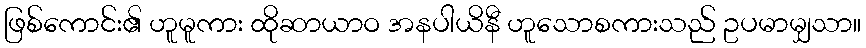
ဖြစ်ကောင်း၏ ဟူမူကား ထိုဆာယာဝ အနပါယိနီ ဟူသောစကားသည် ဥပမာမျှသာ။